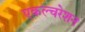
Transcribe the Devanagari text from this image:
एकल्चरेशन